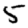
Digit: 5